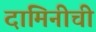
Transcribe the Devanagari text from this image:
दामिनीची